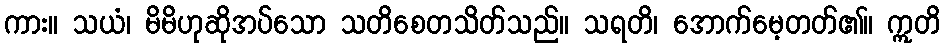
ကား။ သယံ၊ မိမိဟုဆိုအပ်သော သတိစေတသိတ်သည်။ သရတိ၊ အောက်မေ့တတ်၏။ ဣတိ